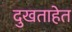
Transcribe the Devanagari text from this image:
दुखताहेत